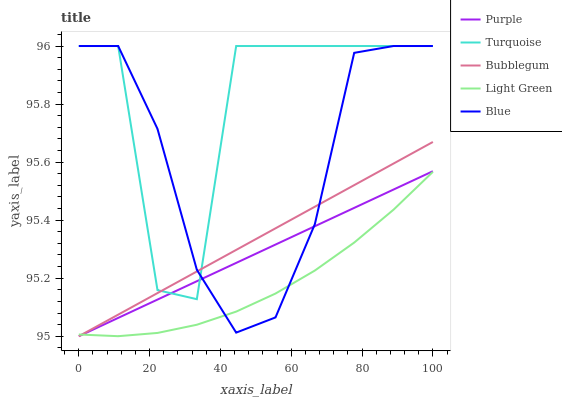
| xaxis_label | Purple | Turquoise | Bubblegum | Light Green | Blue |
 | --- | --- | --- | --- | --- | --- |
 | 0 | 95 | 96 | 95 | 95 | 96 |
 | 11.1 | 95.1 | 96 | 95.1 | 95 | 96 |
 | 22.2 | 95.1 | 95.2 | 95.1 | 95 | 95.7 |
 | 33.3 | 95.2 | 95.1 | 95.2 | 95 | 95.2 |
 | 44.4 | 95.3 | 96 | 95.3 | 95.1 | 95 |
 | 55.6 | 95.3 | 96 | 95.4 | 95.1 | 95.1 |
 | 66.7 | 95.4 | 96 | 95.4 | 95.2 | 95.4 |
 | 77.8 | 95.4 | 96 | 95.5 | 95.3 | 96 |
 | 88.9 | 95.5 | 96 | 95.6 | 95.4 | 96 |
 | 100 | 95.6 | 96 | 95.7 | 95.6 | 96 |